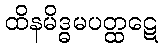
ထိနမိဒ္ဓမပတ္ထဋေ